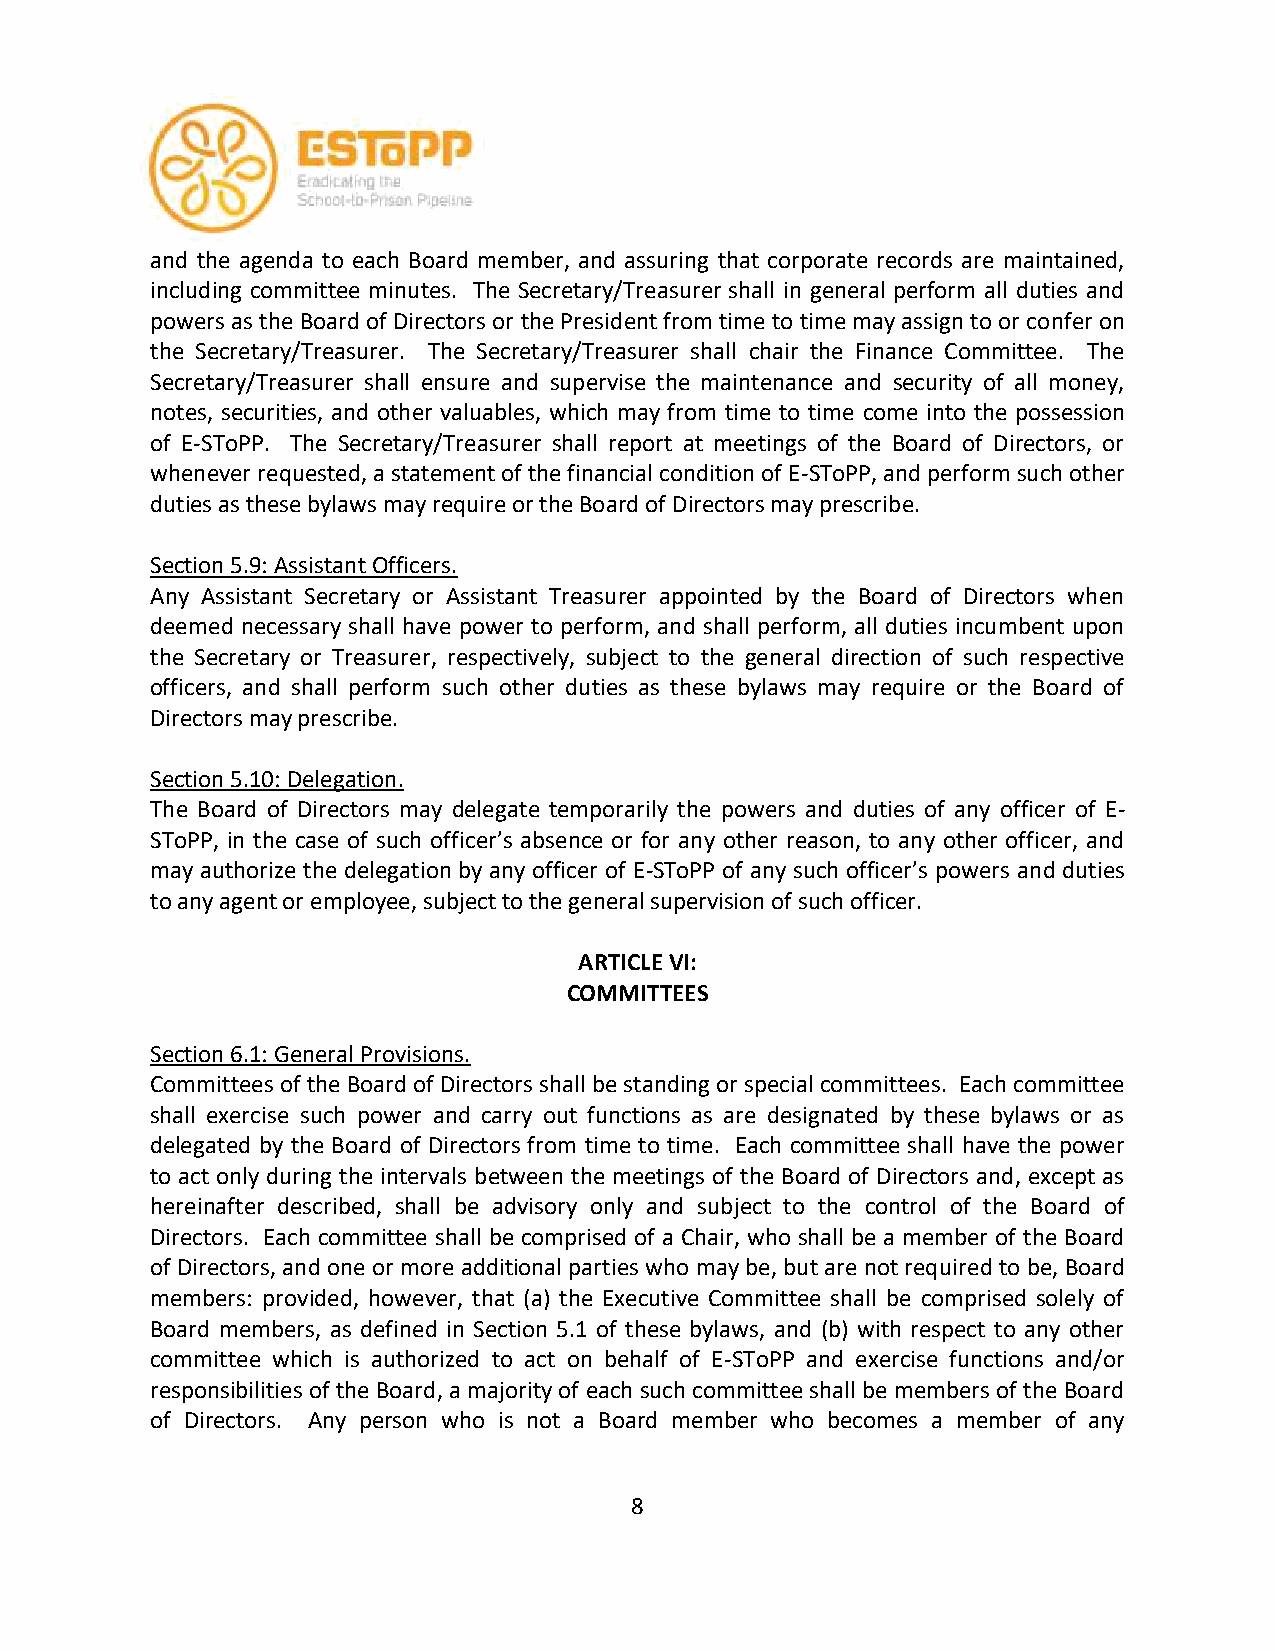
and the agenda to each Board member, and assuring that corporate records are maintained,
 including committee minutes. The Secretary/Treasurer shall in general perform all duties and
 powers as the Board of Directors or the President from time to time may assign to or confer on
 the Secretary/Treasurer. The Secretary/Treasurer shall chair the Finance Committee. The
 Secretary/Treasurer shall ensure and supervise the maintenance and security of all money,
 notes, securities, and other valuables, which may from time to time come into the possession
 of E-SToPP. The Secretary/Treasurer shall report at meetings of the Board of Directors, or
 whenever requested, a statement of the financial condition of E-SToPP, and perform such other
 duties as these bylaws may require or the Board of Directors may prescribe.
 Section 5.9: Assistant Officers.
 Any Assistant Secretary or Assistant Treasurer appointed by the Board of Directors when
 deemed necessary shall have power to perform, and shall perform, all duties incumbent upon
 the Secretary or Treasurer, respectively, subject to the general direction of such respective
 officers, and shall perform such other duties as these bylaws may require or the Board of
 Directors may prescribe.
 Section 5.10: Delegation.
 The Board of Directors may delegate temporarily the powers and duties of any officer of E-
 SToPP, in the case of such officer’s absence or for any other reason, to any other officer, and
 may authorize the delegation by any officer of E-SToPP of any such officer’s powers and duties
 to any agent or employee, subject to the general supervision of such officer.
 ARTICLE VI:
 COMMITTEES
 Section 6.1: General Provisions.
 Committees of the Board of Directors shall be standing or special committees. Each committee
 shall exercise such power and carry out functions as are designated by these bylaws or as
 delegated by the Board of Directors from time to time. Each committee shall have the power
 to act only during the intervals between the meetings of the Board of Directors and, except as
 hereinafter described, shall be advisory only and subject to the control of the Board of
 Directors. Each committee shall be comprised of a Chair, who shall be a member of the Board
 of Directors, and one or more additional parties who may be, but are not required to be, Board
 members: provided, however, that (a) the Executive Committee shall be comprised solely of
 Board members, as defined in Section 5.1 of these bylaws, and (b) with respect to any other
 committee which is authorized to act on behalf of E-SToPP and exercise functions and/or
 responsibilities of the Board, a majority of each such committee shall be members of the Board
 of Directors. Any person who is not a Board member who becomes a member of any
 8